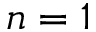
n = 1